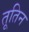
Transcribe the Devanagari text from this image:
तूतिन